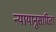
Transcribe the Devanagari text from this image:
न्यायानुसारिता